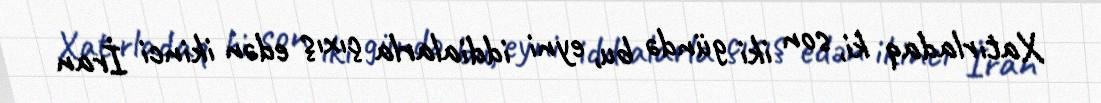
Xatırladaq ki, son iki gündə bu, eyni iddialarla çıxış edən ikinci İran